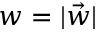
w = | \vec { w } |